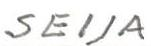
SEIJA